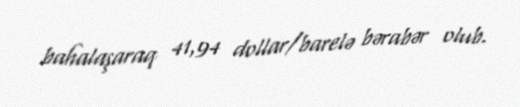
bahalaşaraq 41,94 dollar/barelə bərabər olub.